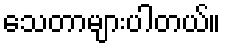
သေတာများပါတယ်။